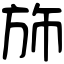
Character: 斾